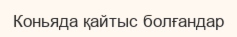
Коньяда қайтыс болғандар